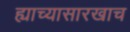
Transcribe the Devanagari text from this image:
ह्याच्यासारखाच